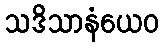
သဒိသာနံယေဝ